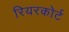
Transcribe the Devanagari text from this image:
रियरकोर्ट